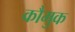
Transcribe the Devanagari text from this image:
कौमुक